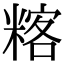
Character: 𥻞